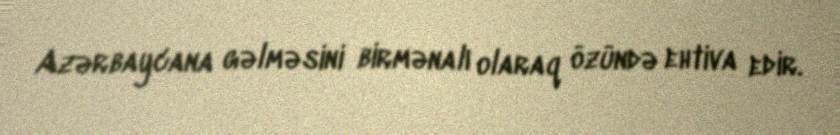
Azərbaycana gəlməsini birmənalı olaraq özündə ehtiva edir.